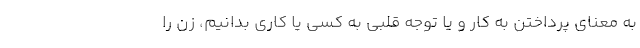
به معنای پرداختن به کار و یا توجه قلبی به کسی یا کاری بدانیم، زن را